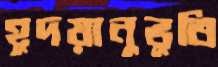
হূদয়ানুভূতি